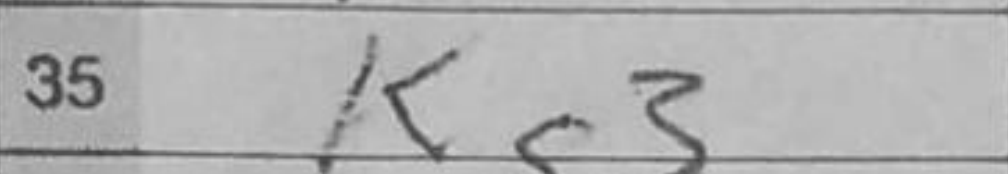
Transcription: Kg3